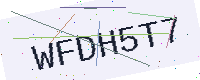
Text: WFDH5T7